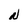
Character: N